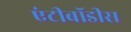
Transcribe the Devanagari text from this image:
एंटीबॉडीस